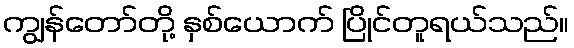
ကျွန်တော်တို့ နှစ်ယောက် ပြိုင်တူရယ်သည်။